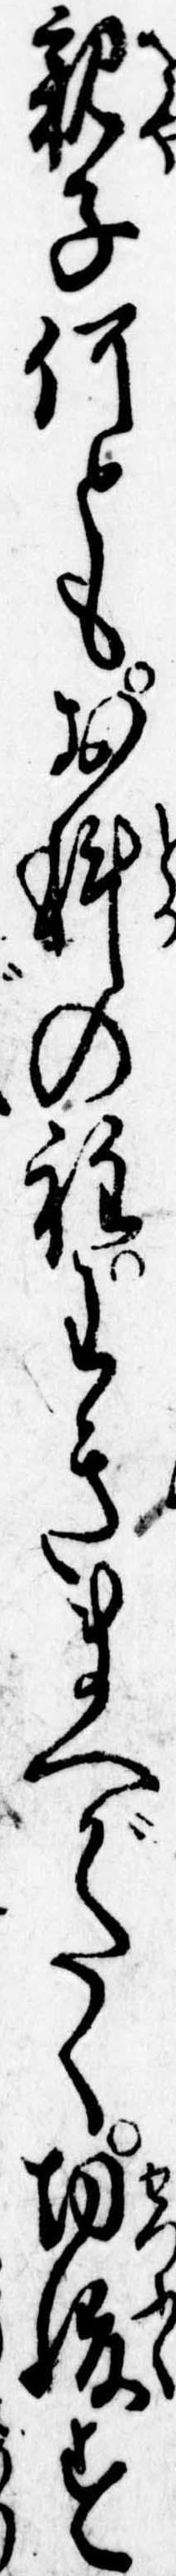
親子何ともお科の程わきまへがたく切腹す